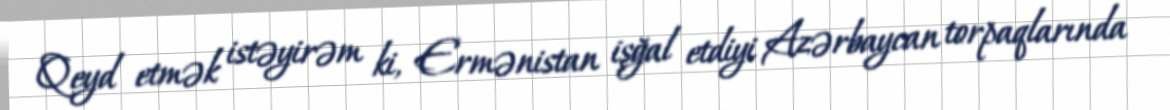
Qeyd etmək istəyirəm ki, Ermənistan işğal etdiyi Azərbaycan torpaqlarında